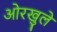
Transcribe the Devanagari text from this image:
ओरखुले